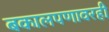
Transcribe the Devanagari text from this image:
बकालपणावरही